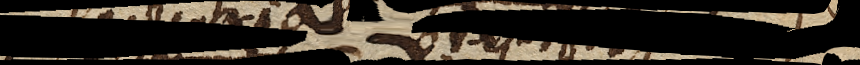
quam precaria